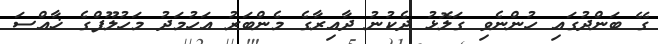
ގޭ ބަންދުގައި ހުންނެވި ގަލޮޅު ދެކުނު ދާއިރާގެ މެންބަރު އަހުމަދު މަހުލޫފްގެ ޚާއްސަ